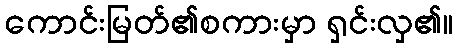
ကောင်းမြတ်၏စကားမှာ ရှင်းလှ၏။